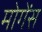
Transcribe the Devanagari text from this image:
मोगेंस